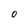
Character: o